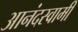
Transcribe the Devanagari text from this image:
आनंदस्वामी